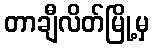
တာချီလိတ်မြို့မှ